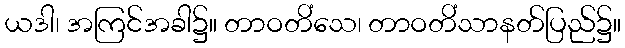
ယဒါ၊ အကြင်အခါ၌။ တာဝတိံသေ၊ တာဝတိံသာနတ်ပြည်၌။